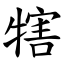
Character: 犗